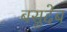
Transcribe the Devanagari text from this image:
बसुदेब